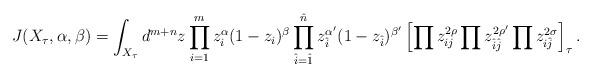
LaTeX: \begin{align*}J(X_\tau,\alpha,\beta)=\int_{X_\tau}d^{m+n}z \prod_{i=1}^{m} z_i^\alpha(1-z_i)^\beta \prod_{\hat{i}=\hat{1}}^{\hat{n}} z_{\hat{i}}^{\alpha'}(1-z_{\hat{i}})^{\beta'} \left[\prod z_{ij}^{2\rho} \prod z_{\hat{i}\hat{j}}^{2\rho'} \prod z_{i\hat{j}}^{2\sigma} \right]_\tau.\end{align*}